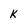
Character: K